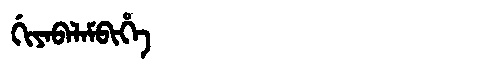
Manchu: ᡤᡳᠶᠠᠪᠠᠯᠠᠮᠪᡳᡥᡝ
Romanization: GIYABALAMBIHE